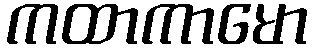
ကထာကာမော